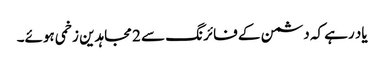
یاد رہے کہ دشمن کے فائرنگ سے 2 مجاہدین زخمی ہوئے۔